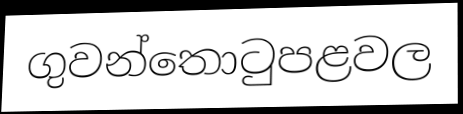
ගුවන්තොටුපළවල